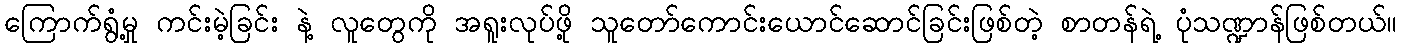
ကြောက်ရွံ့မှု ကင်းမဲ့ခြင်း နဲ့ လူတွေကို အရူးလုပ်ဖို့ သူတော်ကောင်းယောင်ဆောင်ခြင်းဖြစ်တဲ့ စာတန်ရဲ့ ပုံသဏ္ဍာန်ဖြစ်တယ်။